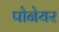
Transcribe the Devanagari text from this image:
पोनेयर